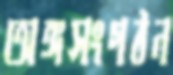
অঙ্গসংগঠন